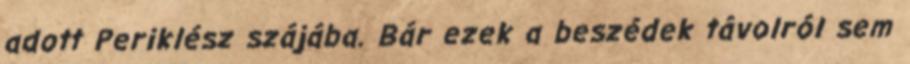
adott Periklész szájába. Bár ezek a beszédek távolról sem